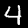
Digit: 4